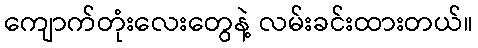
ကျောက်တုံးလေးတွေနဲ့ လမ်းခင်းထားတယ်။